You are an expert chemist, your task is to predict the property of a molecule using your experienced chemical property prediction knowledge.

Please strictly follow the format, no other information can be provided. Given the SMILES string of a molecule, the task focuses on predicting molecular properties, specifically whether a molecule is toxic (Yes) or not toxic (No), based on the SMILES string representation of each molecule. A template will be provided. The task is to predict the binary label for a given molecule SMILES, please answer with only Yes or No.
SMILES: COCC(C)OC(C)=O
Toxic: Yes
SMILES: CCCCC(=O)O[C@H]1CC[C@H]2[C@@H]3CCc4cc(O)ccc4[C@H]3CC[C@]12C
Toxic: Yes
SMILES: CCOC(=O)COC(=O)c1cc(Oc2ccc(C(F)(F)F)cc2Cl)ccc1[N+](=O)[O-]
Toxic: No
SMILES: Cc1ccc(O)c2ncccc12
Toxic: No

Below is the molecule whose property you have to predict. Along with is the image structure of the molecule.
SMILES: NC(N)=[Se]
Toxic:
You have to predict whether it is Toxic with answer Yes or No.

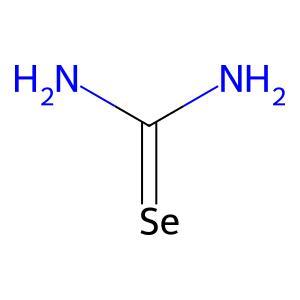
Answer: No